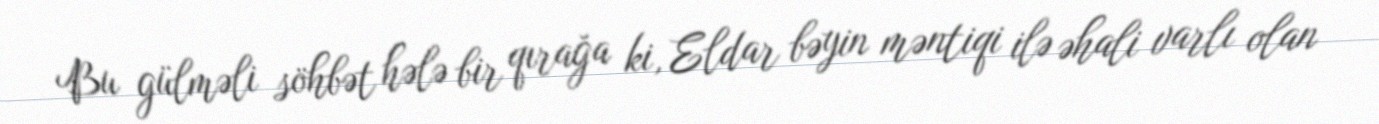
Bu gülməli söhbət hələ bir qırağa ki, Eldar bəyin məntiqi ilə əhali varlı olan